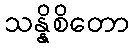
သန္နိစိတော